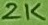
Text: 2K